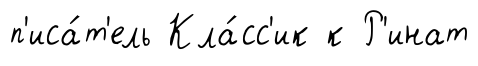
п'иса́т'ель Кла́сс'ик к Р'инат